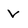
Character: v